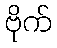
ဗိုက်